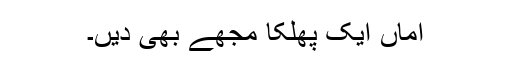
اماں ایک پھلکا مجھے بھی دیں۔